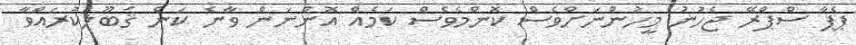
ޕެޕާ ސްޕްރޭ ޖެހުނު މީހުންނަށްވެސް ކޮންމެވެސް ކަމެއް އޮންނަން ވާނެ ކަން ޤަބޫލުކުރައްވާ